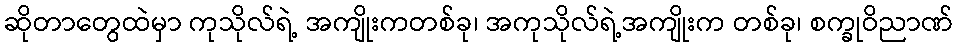
ဆိုတာတွေထဲမှာ ကုသိုလ်ရဲ့ အကျိုးကတစ်ခု၊ အကုသိုလ်ရဲ့အကျိုးက တစ်ခု၊ စက္ခုဝိညာဏ်